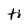
Character: H